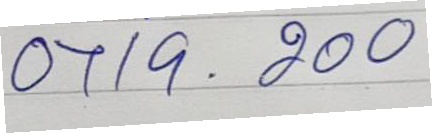
0719 . 200